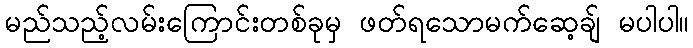
မည်သည့်လမ်းကြောင်းတစ်ခုမှ ဖတ်ရသောမက်ဆေ့ချ် မပါပါ။